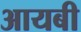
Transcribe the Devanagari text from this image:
आयबी